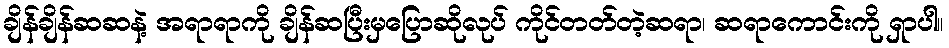
ချိန်ချိန်ဆဆနဲ့ အရာရာကို ချိန်ဆပြီးမှပြောဆိုလုပ် ကိုင်တတ်တဲ့ဆရာ၊ ဆရာကောင်းကို ရှာပါ။